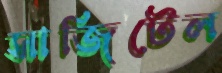
সাজিটেল